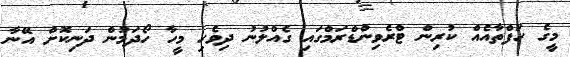
މީގެ ހަފްތާއެއް ކުރިން ޓްރެވިންޑްރަމްގައި ގެއްލުނު ދިވެހި މީހާ ހޯދަމުން ދަނިކޮށް އޭނާ